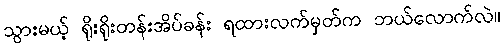
သွားမယ့် ရိုးရိုးတန်းအိပ်ခန်း ရထားလက်မှတ်က ဘယ်လောက်လဲ။